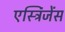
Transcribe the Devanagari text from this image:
एस्ट्रिंजेंस